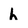
Character: h